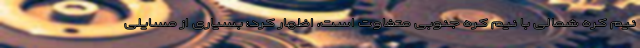
نیم کره شمالی با نیم کره جنوبی متفاوت است، اظهار کرد: بسیاری از مسایلی